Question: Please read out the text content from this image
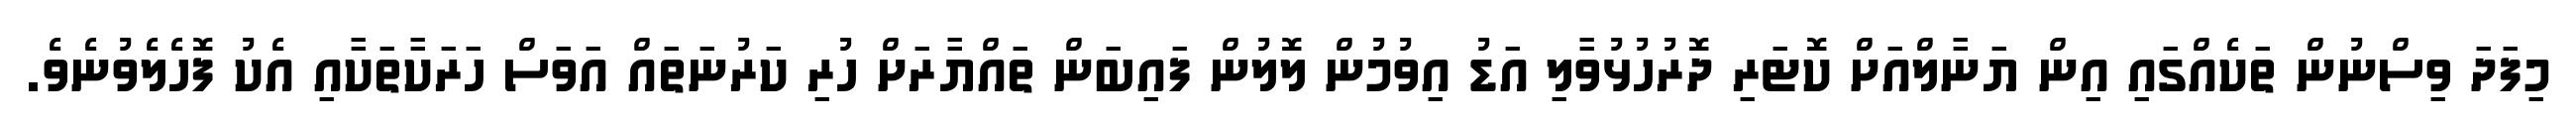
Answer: މިފަދަ ވިސްނުން ތަކެއްގައި އިން ޔަނާލްއަށް ކޮޓަރި ދޮރުހުޅުވާލި އަޑު އިވުމުން ލޮލުން ފައިބަން ތައްޔާރަށް ހުރި ކަރުނަތައް އަވަސް ހަރަކާތަކާއި އެކު ފޮހެލެވުނެވެ.